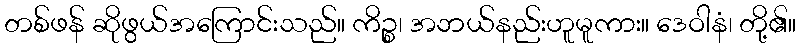
တစ်ဖန် ဆိုဖွယ်အကြောင်းသည်။ ကိဉ္စ၊ အဘယ်နည်းဟူမူကား။ ဒေဝါနံ၊ တို့၏။